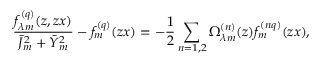
\frac { f _ { \lambda m } ^ { ( q ) } ( z , z x ) } { \bar { J } _ { m } ^ { 2 } + \bar { Y } _ { m } ^ { 2 } } - f _ { m } ^ { ( q ) } ( z x ) = - \frac { 1 } { 2 } \sum _ { n = 1 , 2 } \Omega _ { \lambda m } ^ { ( n ) } ( z ) f _ { m } ^ { ( n q ) } ( z x ) ,